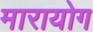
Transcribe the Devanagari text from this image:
मारायोग